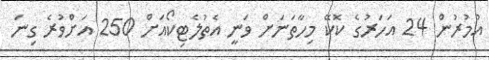
އުމުރުން 24 އަހަރުގެ ކޮކޭ މިހާތަނަށް ވަނީ އެތުލެޓިކޯއަަށް 250 އަށްވުރެ ގިނަ